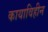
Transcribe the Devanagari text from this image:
कायाविहीन